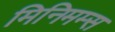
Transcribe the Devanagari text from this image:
मिनिमम्स